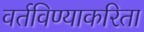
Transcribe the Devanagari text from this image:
वर्तविण्याकरिता